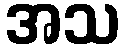
အသ